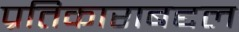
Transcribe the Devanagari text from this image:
प्रतिकाराबद्दल